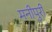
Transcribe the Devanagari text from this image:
मनीपुरी